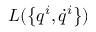
L ( \left\{ q ^ { i } , \dot { q } ^ { i } \right\} )